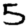
Digit: 5